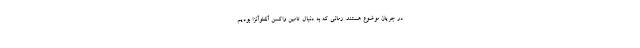
در جریان موضوع هستند. زمانی که به دنبال تامین واکسن آنفلوآنزا بودیم